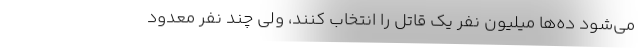
می‌شود ده‌ها میلیون نفر یک قاتل را انتخاب کنند، ولی چند نفر معدود